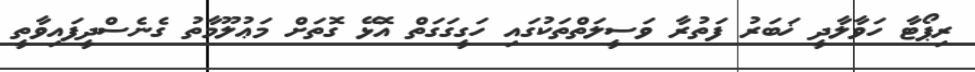
ރިޕޯޓާ ހަވާލާދީ ޚަބަރު ފަތުރާ ވަސީލަތްތަކުގައި ހަގީގަގަތް އޮޅޭ ގޮތަށް މަޢުލޫމާތު ގެނެސްދީފައިވާތީ